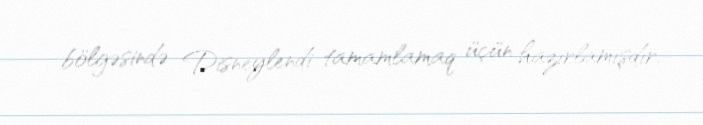
bölgəsində Disneylendi tamamlamaq üçün hazırlamışdır.